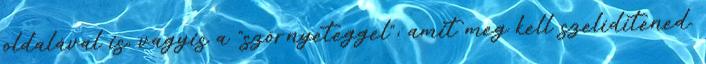
oldalával is, vagyis a "szörnyeteggel", amit meg kell szelídítened.